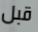
قبل